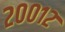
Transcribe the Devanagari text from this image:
२००१२